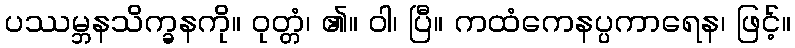
ပဿမ္ဘနသိက္ခနကို။ ဝုတ္တံ၊ ၏။ ဝါ၊ ပြီ။ ကထံကေနပ္ပကာရေန၊ ဖြင့်။